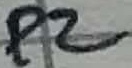
Text: P2